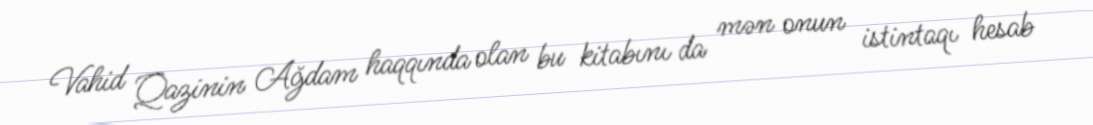
Vahid Qazinin Ağdam haqqında olan bu kitabını da mən onun istintaqı hesab